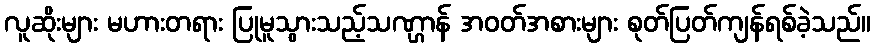
လူဆိုးများ မဟားတရား ပြုမူသွားသည့်သဏ္ဌာန် အဝတ်အစားများ စုတ်ပြတ်ကျန်ရစ်ခဲ့သည်။